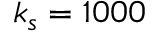
k _ { s } = 1 0 0 0